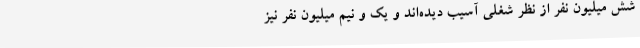
شش میلیون نفر از نظر شغلی آسیب دیده‌اند و یک و نیم میلیون نفر نیز